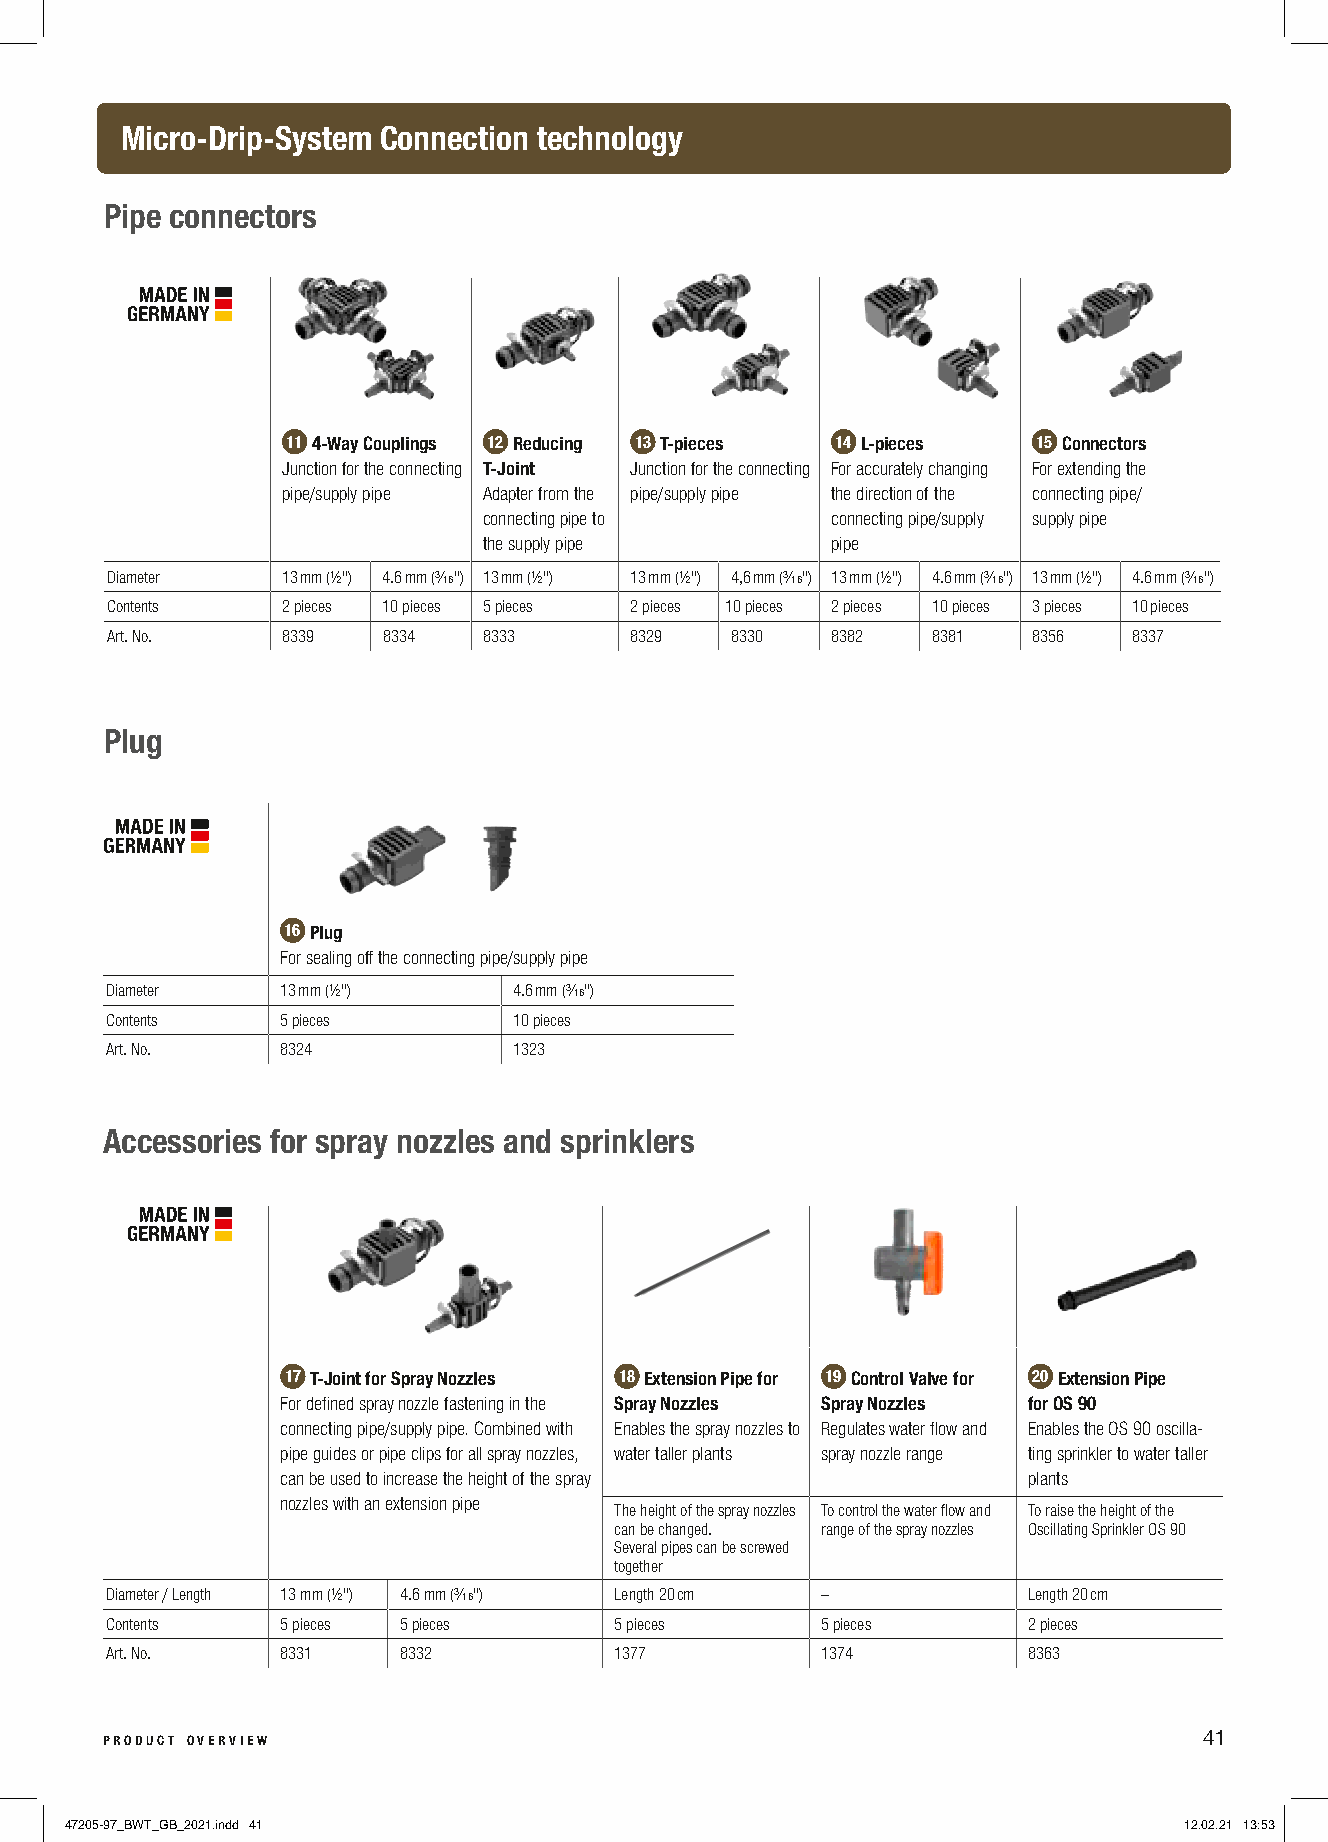
Micro-Drip-System Connection technology
 Pipe connectors
 11 4-Way Couplings 12 Reducing 13 T-pieces 14 L-pieces 15 Connectors
 Junction for the connecting T-Joint Junction for the connecting For accurately changing For extending the
 pipe/supply pipe Adapter from the pipe/supply pipe the direction of the connecting pipe/
 connecting pipe to     connecting pipe/supply supply pipe
 the supply pipe        pipe
 Diameter    13 mm (½") 4.6 mm (³∕₁₆") 13 mm (½") 13 mm (½") 4,6 mm (³∕₁₆") 13 mm (½") 4.6 mm (³∕₁₆") 13 mm (½") 4.6 mm (³∕₁₆")
 Contents    2 pieces 10 pieces 5 pieces 2 pieces 10 pieces 2 pieces 10 pieces 3 pieces 10 pieces
 Art. No.    8339  8334   8333      8329  8330   8382   8381  8356   8337
 Plug
 16 Plug
 For sealing off the connecting pipe/supply pipe
 Diameter    13 mm (½")     4.6 mm (³∕₁₆")
 Contents    5 pieces       10 pieces
 Art. No.    8324           1323
 Accessories for spray nozzles and sprinklers
 17 T-Joint for Spray Nozzles 18 Extension Pipe for 19 Control Valve for 20 Extension Pipe
 For defined spray nozzle fastening in the Spray Nozzles Spray Nozzles for OS 90
 connecting pipe/supply pipe. Combined with Enables the spray nozzles to Regulates water flow and Enables the OS 90 oscilla-
 pipe guides or pipe clips for all spray nozzles, water taller plants spray nozzle range ting sprinkler to water taller
 can be used to increase the height of the spray  plants
 nozzles with an extension pipe
 The height of the spray nozzles To control the water flow and To raise the height of the
 can be changed. range of the spray nozzles Oscillating Sprinkler OS 90
 Several pipes can be screwed
 together
 Diameter / Length 13 mm (½") 4.6 mm (³∕₁₆") Length 20 cm –   Length 20 cm
 Contents    5 pieces 5 pieces     5 pieces     5 pieces      2 pieces
 Art. No.    8331   8332           1377         1374          8363
 product overview                                                         41
 47205-97_BWT_GB_2021.indd 41                                              12.02.21 13:53